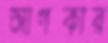
আগকার